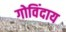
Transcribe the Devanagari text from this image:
गोविंदाय